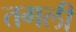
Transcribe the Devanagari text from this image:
तगली